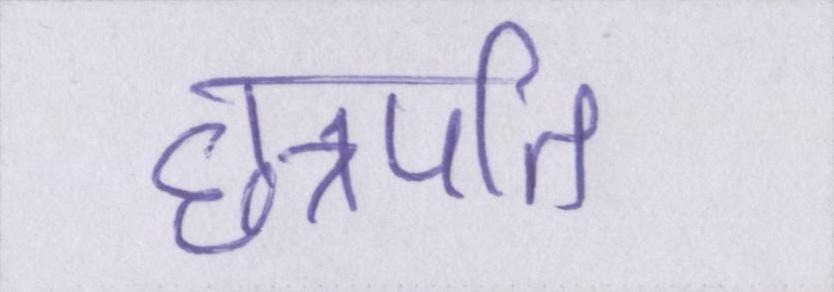
छत्रपति